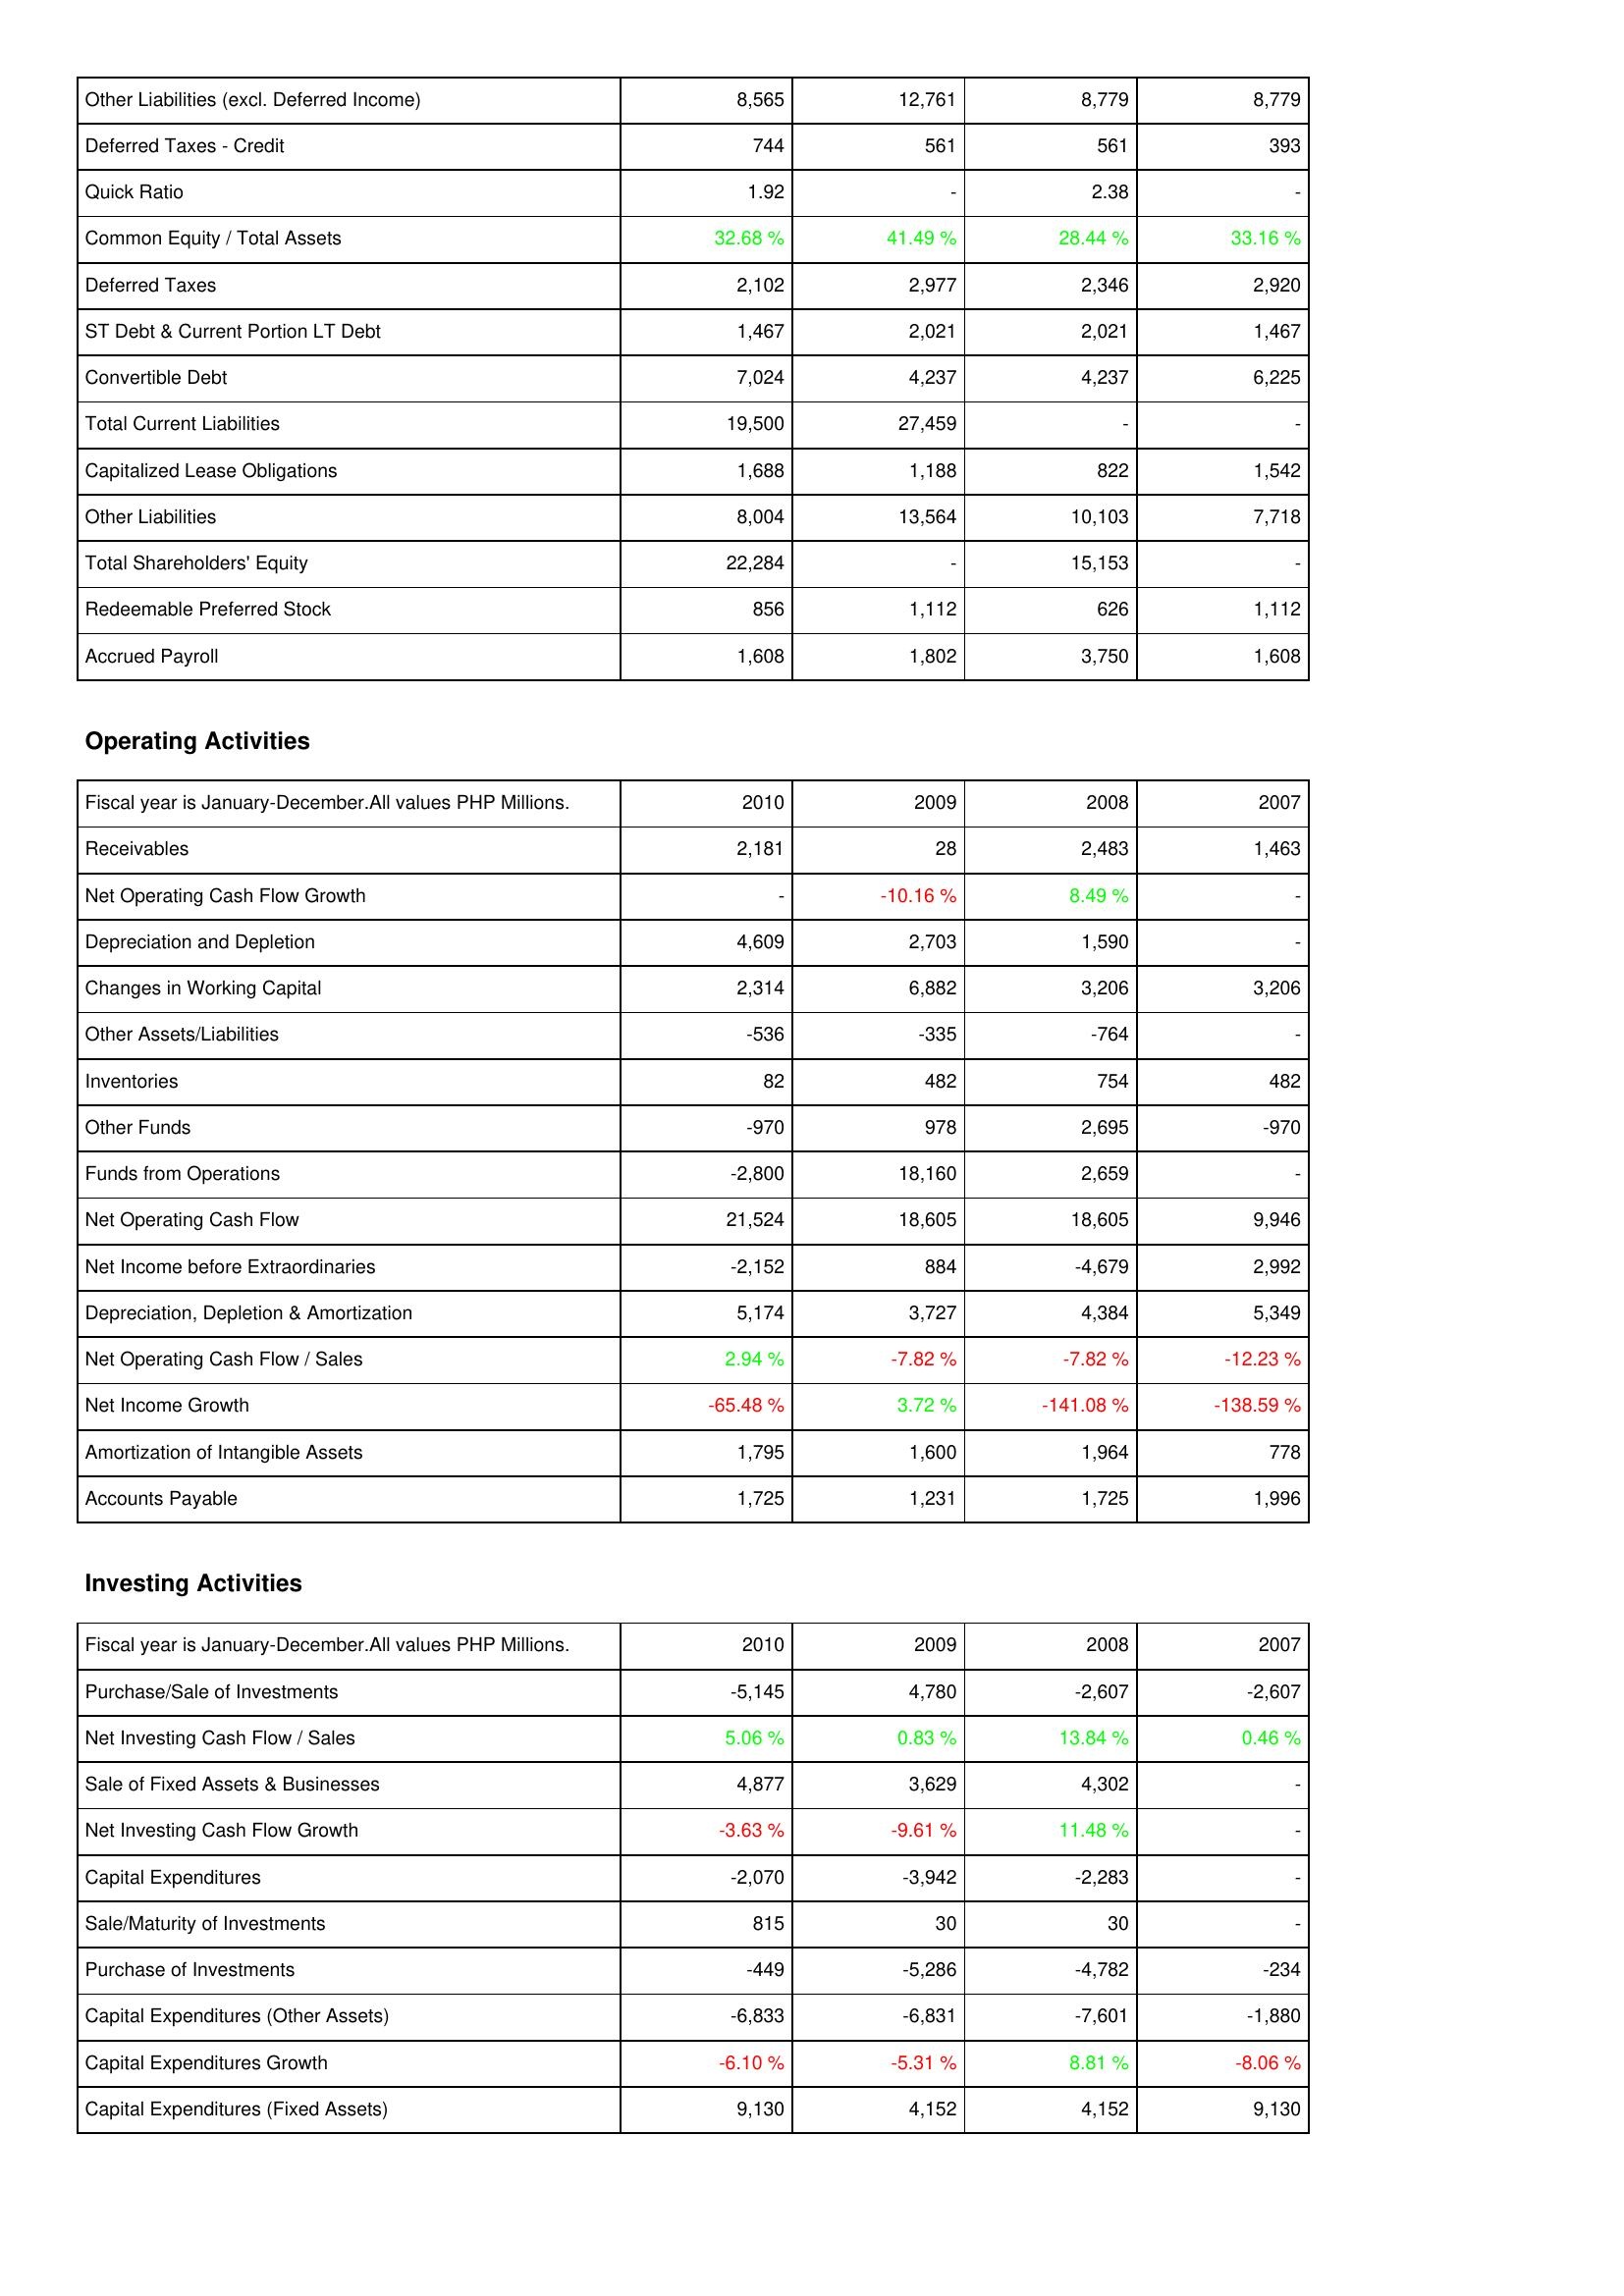
2010: Liabilities & Shareholders' Equity: Other Liabilities (excl. Deferred Income): 8,565
Deferred Taxes - Credit: 744
Quick Ratio: 1.92
Common Equity / Total Assets: 32.68 %
Deferred Taxes: 2,102
ST Debt & Current Portion LT Debt: 1,467
Convertible Debt: 7,024
Total Current Liabilities: 19,500
Capitalized Lease Obligations: 1,688
Other Liabilities: 8,004
Total Shareholders' Equity: 22,284
Redeemable Preferred Stock: 856
Accrued Payroll: 1,608
Operating Activities: Receivables: 2,181
Net Operating Cash Flow Growth: -
Depreciation and Depletion: 4,609
Changes in Working Capital: 2,314
Other Assets/Liabilities: -536
Inventories: 82
Other Funds: -970
Funds from Operations: -2,800
Net Operating Cash Flow: 21,524
Net Income before Extraordinaries: -2,152
Depreciation, Depletion & Amortization: 5,174
Net Operating Cash Flow / Sales: 2.94 %
Net Income Growth: -65.48 %
Amortization of Intangible Assets: 1,795
Accounts Payable: 1,725
Investing Activities: Purchase/Sale of Investments: -5,145
Net Investing Cash Flow / Sales: 5.06 %
Sale of Fixed Assets & Businesses: 4,877
Net Investing Cash Flow Growth: -3.63 %
Capital Expenditures: -2,070
Sale/Maturity of Investments: 815
Purchase of Investments: -449
Capital Expenditures (Other Assets): -6,833
Capital Expenditures Growth: -6.10 %
Capital Expenditures (Fixed Assets): 9,130
2009: Liabilities & Shareholders' Equity: Other Liabilities (excl. Deferred Income): 12,761
Deferred Taxes - Credit: 561
Quick Ratio: -
Common Equity / Total Assets: 41.49 %
Deferred Taxes: 2,977
ST Debt & Current Portion LT Debt: 2,021
Convertible Debt: 4,237
Total Current Liabilities: 27,459
Capitalized Lease Obligations: 1,188
Other Liabilities: 13,564
Total Shareholders' Equity: -
Redeemable Preferred Stock: 1,112
Accrued Payroll: 1,802
Operating Activities: Receivables: 28
Net Operating Cash Flow Growth: -10.16 %
Depreciation and Depletion: 2,703
Changes in Working Capital: 6,882
Other Assets/Liabilities: -335
Inventories: 482
Other Funds: 978
Funds from Operations: 18,160
Net Operating Cash Flow: 18,605
Net Income before Extraordinaries: 884
Depreciation, Depletion & Amortization: 3,727
Net Operating Cash Flow / Sales: -7.82 %
Net Income Growth: 3.72 %
Amortization of Intangible Assets: 1,600
Accounts Payable: 1,231
Investing Activities: Purchase/Sale of Investments: 4,780
Net Investing Cash Flow / Sales: 0.83 %
Sale of Fixed Assets & Businesses: 3,629
Net Investing Cash Flow Growth: -9.61 %
Capital Expenditures: -3,942
Sale/Maturity of Investments: 30
Purchase of Investments: -5,286
Capital Expenditures (Other Assets): -6,831
Capital Expenditures Growth: -5.31 %
Capital Expenditures (Fixed Assets): 4,152
2008: Liabilities & Shareholders' Equity: Other Liabilities (excl. Deferred Income): 8,779
Deferred Taxes - Credit: 561
Quick Ratio: 2.38
Common Equity / Total Assets: 28.44 %
Deferred Taxes: 2,346
ST Debt & Current Portion LT Debt: 2,021
Convertible Debt: 4,237
Total Current Liabilities: -
Capitalized Lease Obligations: 822
Other Liabilities: 10,103
Total Shareholders' Equity: 15,153
Redeemable Preferred Stock: 626
Accrued Payroll: 3,750
Operating Activities: Receivables: 2,483
Net Operating Cash Flow Growth: 8.49 %
Depreciation and Depletion: 1,590
Changes in Working Capital: 3,206
Other Assets/Liabilities: -764
Inventories: 754
Other Funds: 2,695
Funds from Operations: 2,659
Net Operating Cash Flow: 18,605
Net Income before Extraordinaries: -4,679
Depreciation, Depletion & Amortization: 4,384
Net Operating Cash Flow / Sales: -7.82 %
Net Income Growth: -141.08 %
Amortization of Intangible Assets: 1,964
Accounts Payable: 1,725
Investing Activities: Purchase/Sale of Investments: -2,607
Net Investing Cash Flow / Sales: 13.84 %
Sale of Fixed Assets & Businesses: 4,302
Net Investing Cash Flow Growth: 11.48 %
Capital Expenditures: -2,283
Sale/Maturity of Investments: 30
Purchase of Investments: -4,782
Capital Expenditures (Other Assets): -7,601
Capital Expenditures Growth: 8.81 %
Capital Expenditures (Fixed Assets): 4,152
2007: Liabilities & Shareholders' Equity: Other Liabilities (excl. Deferred Income): 8,779
Deferred Taxes - Credit: 393
Quick Ratio: -
Common Equity / Total Assets: 33.16 %
Deferred Taxes: 2,920
ST Debt & Current Portion LT Debt: 1,467
Convertible Debt: 6,225
Total Current Liabilities: -
Capitalized Lease Obligations: 1,542
Other Liabilities: 7,718
Total Shareholders' Equity: -
Redeemable Preferred Stock: 1,112
Accrued Payroll: 1,608
Operating Activities: Receivables: 1,463
Net Operating Cash Flow Growth: -
Depreciation and Depletion: -
Changes in Working Capital: 3,206
Other Assets/Liabilities: -
Inventories: 482
Other Funds: -970
Funds from Operations: -
Net Operating Cash Flow: 9,946
Net Income before Extraordinaries: 2,992
Depreciation, Depletion & Amortization: 5,349
Net Operating Cash Flow / Sales: -12.23 %
Net Income Growth: -138.59 %
Amortization of Intangible Assets: 778
Accounts Payable: 1,996
Investing Activities: Purchase/Sale of Investments: -2,607
Net Investing Cash Flow / Sales: 0.46 %
Sale of Fixed Assets & Businesses: -
Net Investing Cash Flow Growth: -
Capital Expenditures: -
Sale/Maturity of Investments: -
Purchase of Investments: -234
Capital Expenditures (Other Assets): -1,880
Capital Expenditures Growth: -8.06 %
Capital Expenditures (Fixed Assets): 9,130